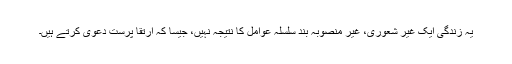
یہ زندگی ایک غیر شعوری، غیر منصوبہ بند سلسلہ عوامل کا نتیجہ نہیں، جیسا کہ ارتقا پرست دعویٰ کرتے ہیں۔